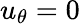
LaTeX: u_{\theta}=0